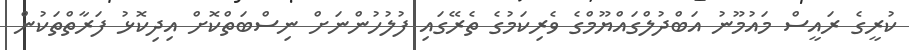
ކުރީގެ ރައީސް މައުމޫނު އަބްދުލްގައްޔޫމްގެ ވެރިކަމުގެ ތެރޭގައި ފުލުހުންނަށް ނިސްބަތްކޮށް އިދިކޮޅު ފަރާތްތަކުން